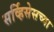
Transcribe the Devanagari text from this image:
सर्व्हिसेसच्या